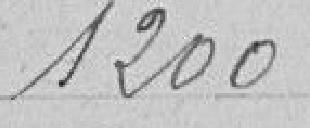
1200